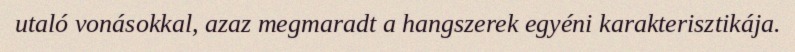
utaló vonásokkal, azaz megmaradt a hangszerek egyéni karakterisztikája.